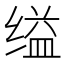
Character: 缢